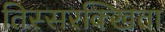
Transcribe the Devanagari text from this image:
तिस्सरक्खिता